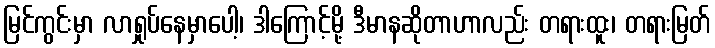
မြင်ကွင်းမှာ လာရှုပ်နေမှာပေါ့၊ ဒါကြောင့်မို့ ဒီမာနဆိုတာဟာလည်း တရားထူး၊ တရားမြတ်